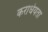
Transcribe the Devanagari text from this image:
कराधेयता